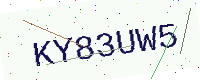
Text: KY83UW5